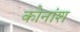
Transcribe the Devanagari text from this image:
कोनांश